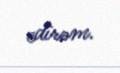
edirəm.